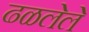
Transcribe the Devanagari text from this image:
ढळलेले